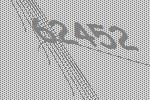
62452